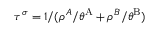
\tau ^ { \sigma } = 1 / ( \rho ^ { A } / \theta ^ { \mathrm { { A } } } + \rho ^ { B } / \theta ^ { \mathrm { { B } } } )